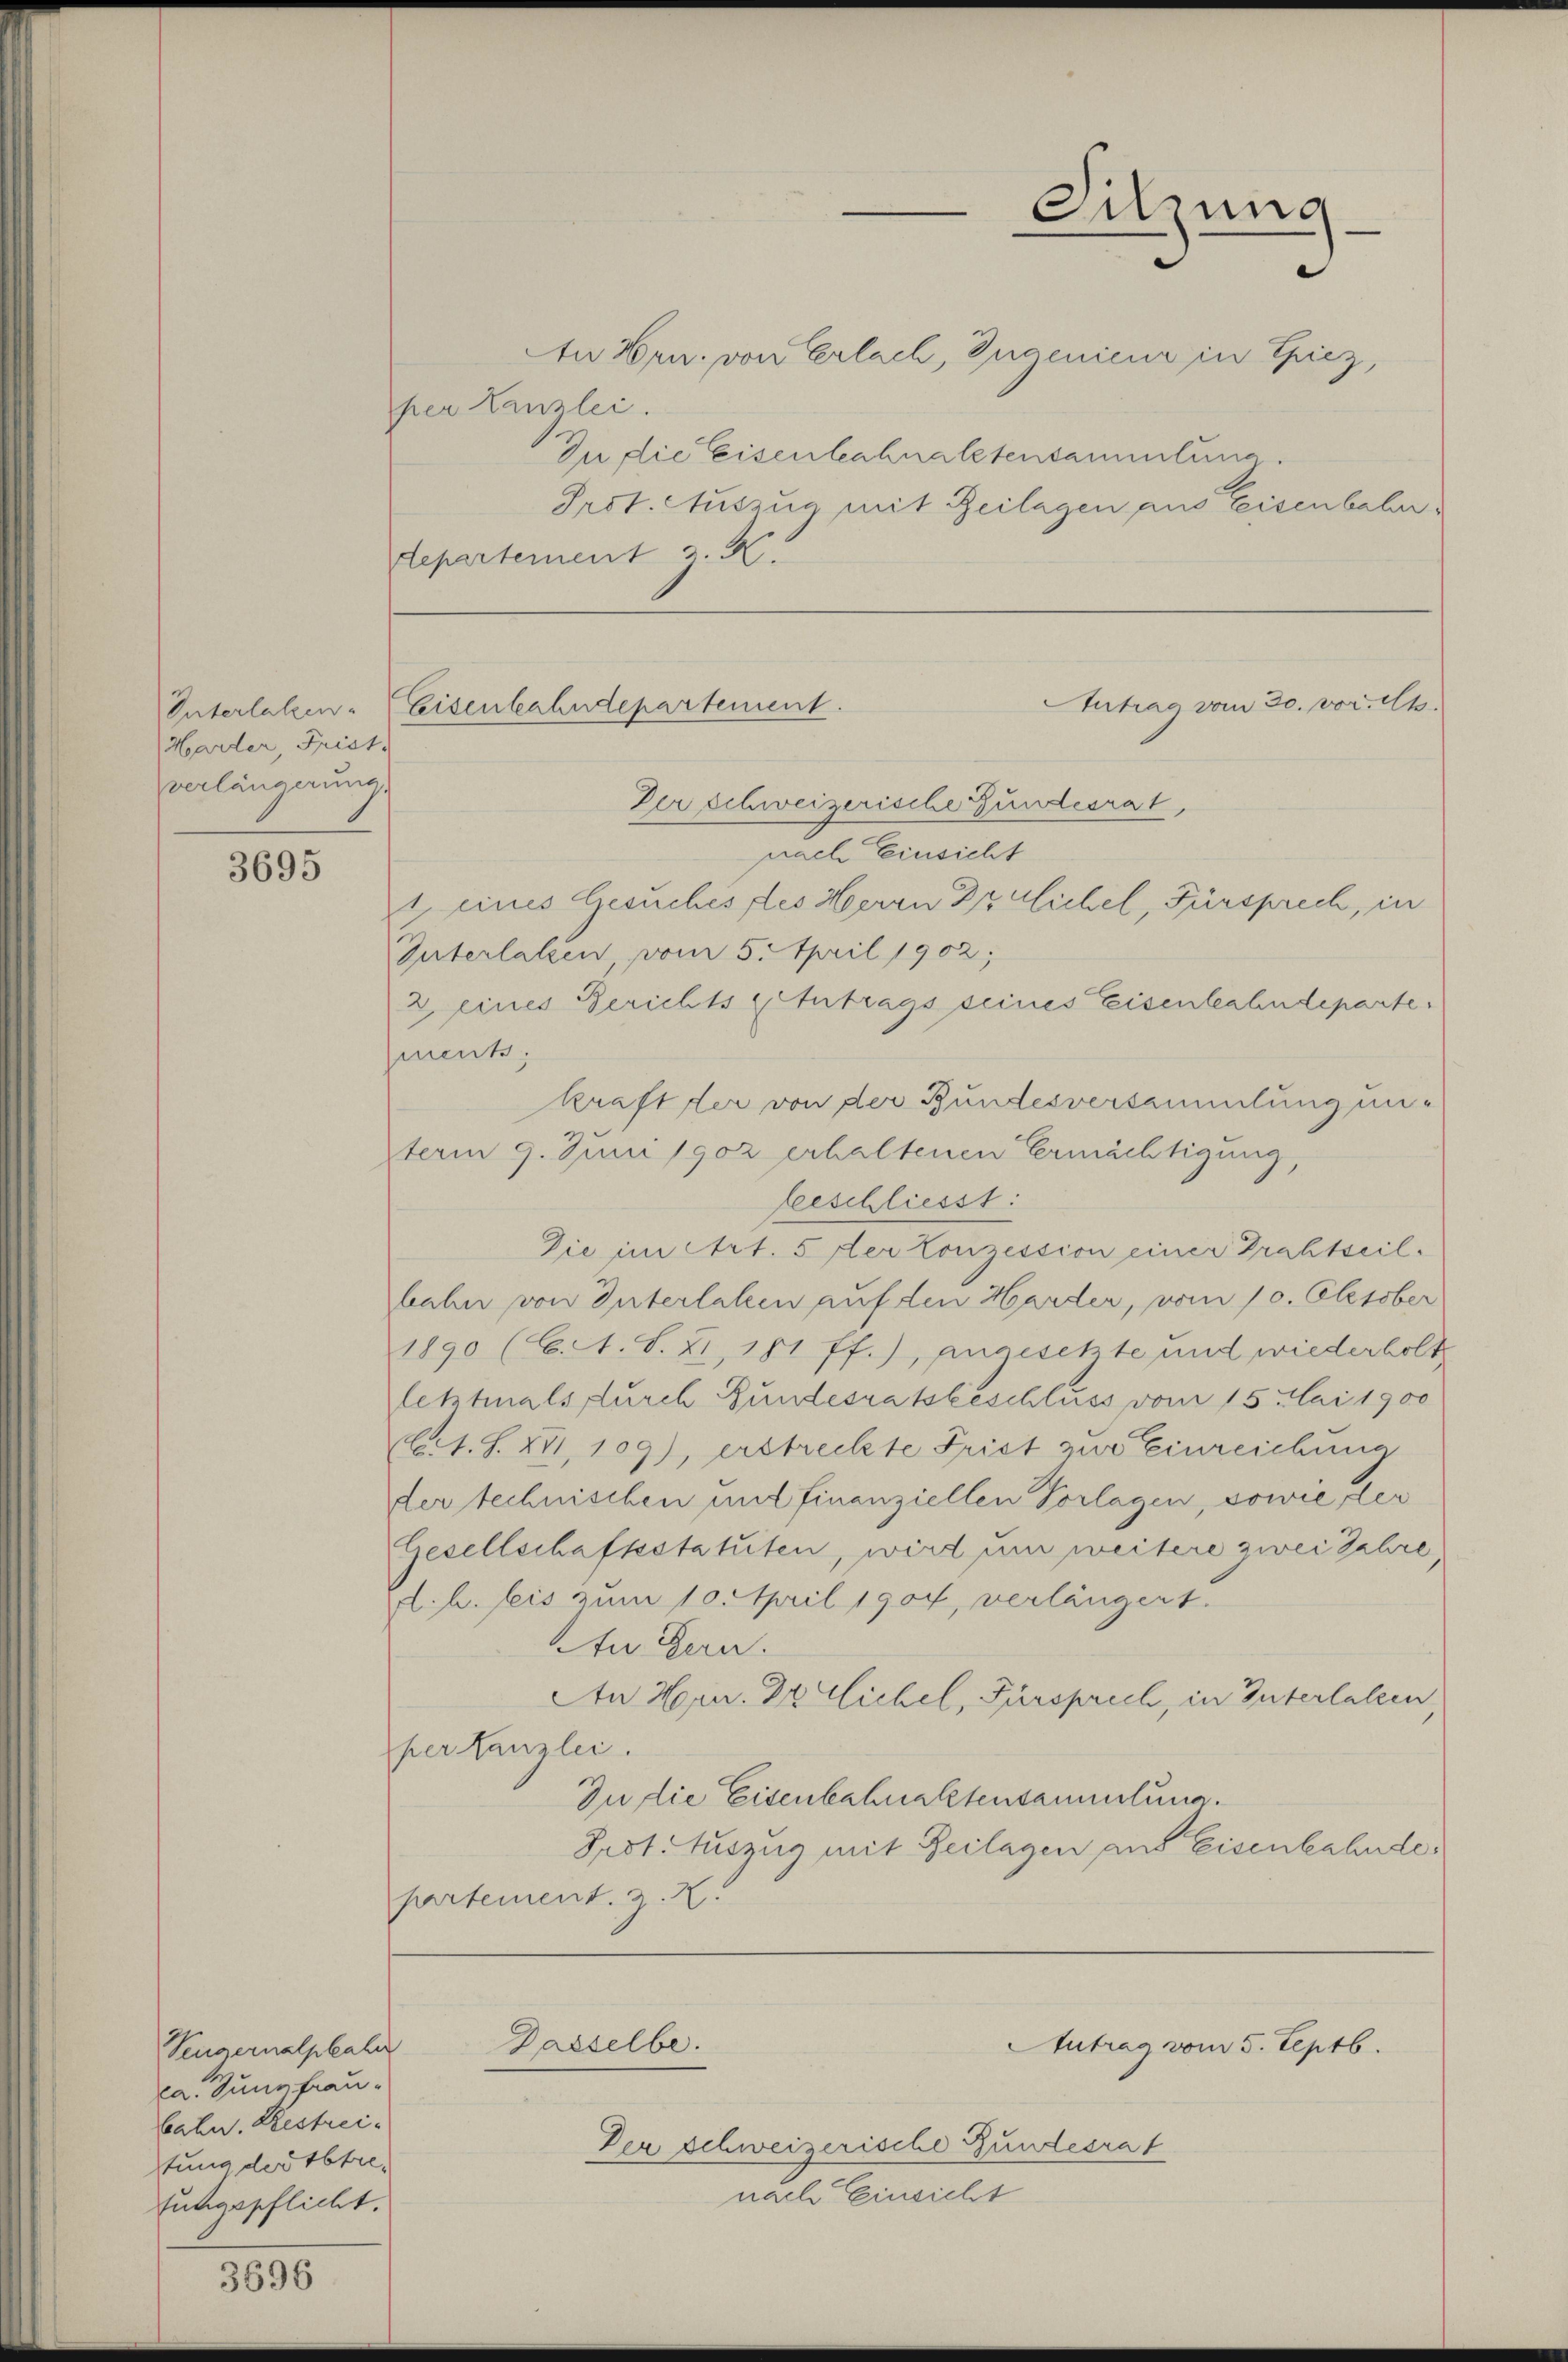
Unterlalzen.
Harder Frist.
verlängerung

3695

3696

Vengernalphale
ca. Jungfrau.
bahn. Restreitung der Abtrefungspflicht.

An Hrn. von Erlach, Ingenieur in Epiez,
per Kanzlei.
In die Eisenlehraltensammlung.
Prot. Auszug mit Zeilagen aus Eisenbahntepartement z. K.

Antrag vom 30. vor. Mts.
Eisenbahndepartement.
Der Schweizerische Gundesrat,

Dasselbe.

Der Schweizerische Gundesrat
nach Einsicht

Sitzung

Antrag vom 5. Septb.

nach Einsicht
1 eines Gesuches des Herrn Drulichel, Fürsprech, in
Interlassen, vom 5. April 1902;
2 eines Berichts Antrags seines Eisenbahndeparte
ment:
kraft der von der Bundesversammlung unterm 9. Juni 1902 erhaltenen Ermächtigung,
beeschliesst:
Die im Art. 5 der Konzession einer Drahtseilbahn von Interlaken auf den Harder, vom 10. Oktober
1890 (C. A. S. XI, 181 ff.), angesetzte und wiederholt
letztmals durch Gundesratsbeschluss vom 15. Mai 1900
Act. S. XII, 109), erstreckte Priet zur Einreichung
der technischen und finanziellen Vorlagen, sowie der
Gesellschaftsstatuten, wird um weitere zwei Jahre
d. h. bis zum 10. April 1904, verlängert.
An Gern.
An Hrn. Irrlichel, Fürsprich, in Interlaleen,
per tanzlei.
In die Eisenbahnaktensammlung.
Prot. Auszug mit Beilagen aus Eisenbahnde
partement. Z. X.